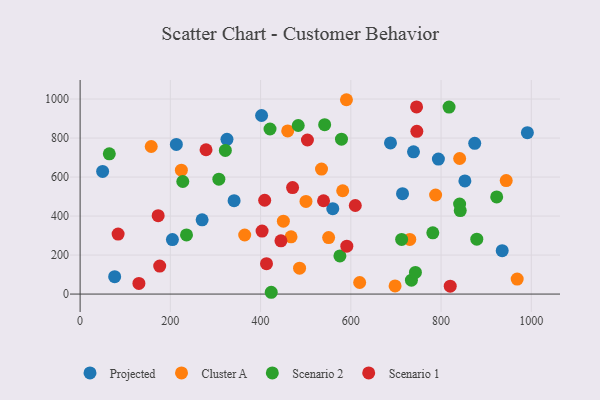
{"axis": {"x": "Price", "y": "Yield"}, "legend": ["Cluster A", "Projected", "Scenario 1", "Scenario 2"], "data": [{"x": "714.6", "y": 514.9, "type": "Projected"}, {"x": "402.2", "y": 915.6, "type": "Projected"}, {"x": "794.1", "y": 692.1, "type": "Projected"}, {"x": "204.6", "y": 279.3, "type": "Projected"}, {"x": "49.9", "y": 629.0, "type": "Projected"}, {"x": "325.5", "y": 793.2, "type": "Projected"}, {"x": "874.6", "y": 772.8, "type": "Projected"}, {"x": "991.3", "y": 827.3, "type": "Projected"}, {"x": "341.3", "y": 479.1, "type": "Projected"}, {"x": "560.0", "y": 437.9, "type": "Projected"}, {"x": "270.4", "y": 380.9, "type": "Projected"}, {"x": "738.9", "y": 729.6, "type": "Projected"}, {"x": "687.9", "y": 775.2, "type": "Projected"}, {"x": "852.8", "y": 580.3, "type": "Projected"}, {"x": "935.5", "y": 222.7, "type": "Projected"}, {"x": "213.3", "y": 767.1, "type": "Projected"}, {"x": "76.6", "y": 89.1, "type": "Projected"}, {"x": "460.1", "y": 836.4, "type": "Cluster A"}, {"x": "157.6", "y": 756.6, "type": "Cluster A"}, {"x": "787.9", "y": 508.0, "type": "Cluster A"}, {"x": "944.4", "y": 581.9, "type": "Cluster A"}, {"x": "467.5", "y": 293.5, "type": "Cluster A"}, {"x": "535.0", "y": 641.1, "type": "Cluster A"}, {"x": "590.3", "y": 996.5, "type": "Cluster A"}, {"x": "698.1", "y": 41.8, "type": "Cluster A"}, {"x": "841.2", "y": 695.1, "type": "Cluster A"}, {"x": "450.5", "y": 373.9, "type": "Cluster A"}, {"x": "500.6", "y": 475.2, "type": "Cluster A"}, {"x": "582.0", "y": 529.7, "type": "Cluster A"}, {"x": "968.7", "y": 76.7, "type": "Cluster A"}, {"x": "364.8", "y": 302.8, "type": "Cluster A"}, {"x": "224.4", "y": 635.5, "type": "Cluster A"}, {"x": "730.7", "y": 280.0, "type": "Cluster A"}, {"x": "550.8", "y": 289.9, "type": "Cluster A"}, {"x": "619.6", "y": 59.3, "type": "Cluster A"}, {"x": "486.4", "y": 132.6, "type": "Cluster A"}, {"x": "734.3", "y": 71.0, "type": "Scenario 2"}, {"x": "542.0", "y": 868.5, "type": "Scenario 2"}, {"x": "321.9", "y": 736.3, "type": "Scenario 2"}, {"x": "575.8", "y": 195.5, "type": "Scenario 2"}, {"x": "879.2", "y": 281.6, "type": "Scenario 2"}, {"x": "227.6", "y": 577.1, "type": "Scenario 2"}, {"x": "64.7", "y": 719.3, "type": "Scenario 2"}, {"x": "781.7", "y": 314.0, "type": "Scenario 2"}, {"x": "307.5", "y": 589.0, "type": "Scenario 2"}, {"x": "817.7", "y": 958.7, "type": "Scenario 2"}, {"x": "743.2", "y": 110.9, "type": "Scenario 2"}, {"x": "579.3", "y": 794.2, "type": "Scenario 2"}, {"x": "235.8", "y": 303.4, "type": "Scenario 2"}, {"x": "841.1", "y": 461.4, "type": "Scenario 2"}, {"x": "923.3", "y": 498.2, "type": "Scenario 2"}, {"x": "842.5", "y": 427.9, "type": "Scenario 2"}, {"x": "483.4", "y": 864.4, "type": "Scenario 2"}, {"x": "712.6", "y": 280.1, "type": "Scenario 2"}, {"x": "420.9", "y": 846.5, "type": "Scenario 2"}, {"x": "423.6", "y": 9.2, "type": "Scenario 2"}, {"x": "176.4", "y": 143.3, "type": "Scenario 1"}, {"x": "409.1", "y": 481.1, "type": "Scenario 1"}, {"x": "445.1", "y": 272.9, "type": "Scenario 1"}, {"x": "591.1", "y": 245.7, "type": "Scenario 1"}, {"x": "746.3", "y": 834.7, "type": "Scenario 1"}, {"x": "84.2", "y": 307.8, "type": "Scenario 1"}, {"x": "503.8", "y": 789.9, "type": "Scenario 1"}, {"x": "403.3", "y": 322.8, "type": "Scenario 1"}, {"x": "130.3", "y": 54.5, "type": "Scenario 1"}, {"x": "413.1", "y": 155.8, "type": "Scenario 1"}, {"x": "470.9", "y": 546.1, "type": "Scenario 1"}, {"x": "745.7", "y": 959.5, "type": "Scenario 1"}, {"x": "279.1", "y": 739.9, "type": "Scenario 1"}, {"x": "820.3", "y": 40.3, "type": "Scenario 1"}, {"x": "539.5", "y": 478.4, "type": "Scenario 1"}, {"x": "609.9", "y": 454.2, "type": "Scenario 1"}, {"x": "173.0", "y": 402.0, "type": "Scenario 1"}]}